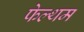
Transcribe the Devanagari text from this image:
फेल्थम